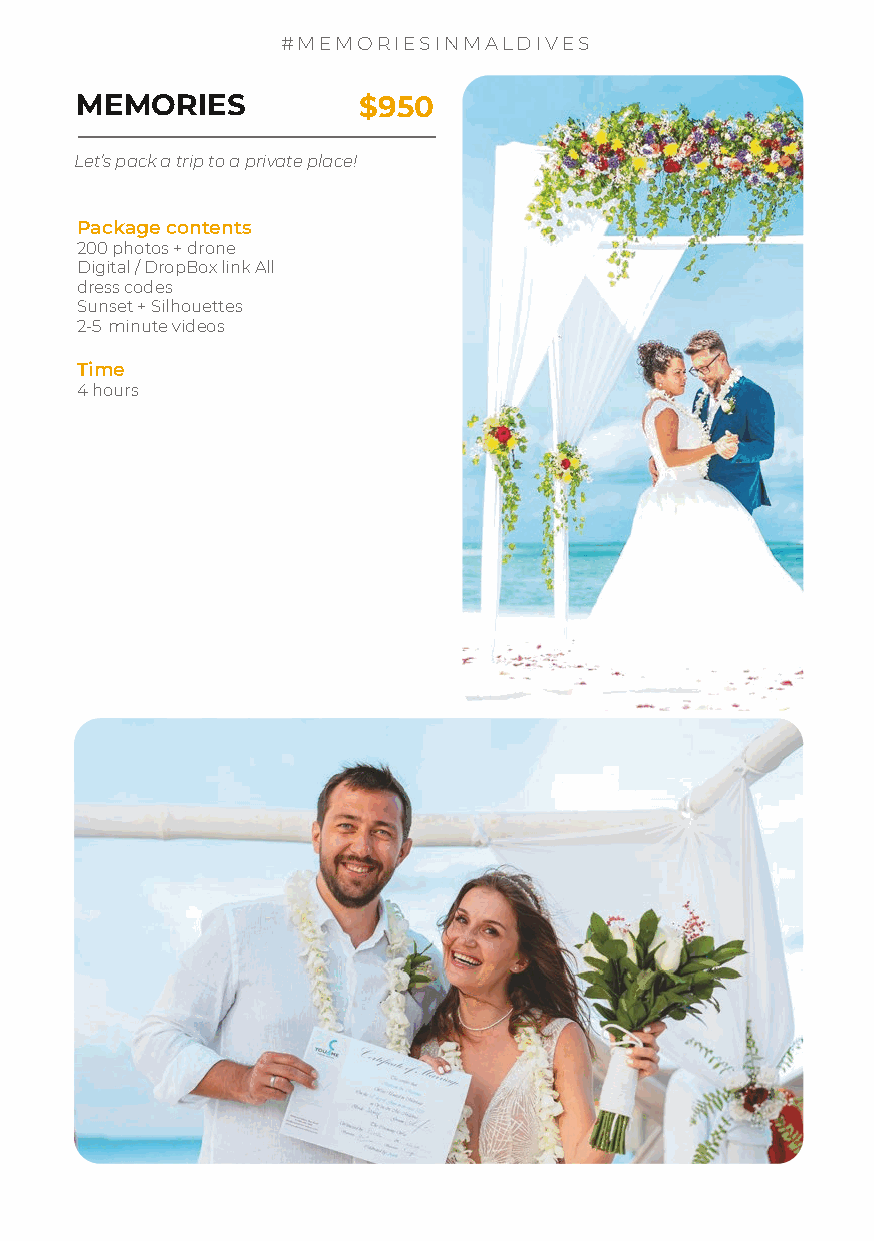
#MEMORIESINMALDIVES
 MEMORIES           $950
 Let’s pack a trip to a private place!
 Package contents
 200 photos + drone
 Digital / DropBox link All
 dress codes
 Sunset + Silhouettes
 2-5min utevideos
 Time
 4 hours